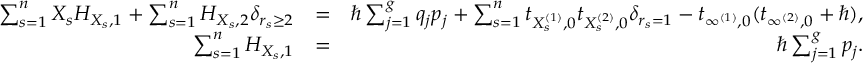
\begin{array} { r l r } { \sum _ { s = 1 } ^ { n } X _ { s } H _ { X _ { s } , 1 } + \sum _ { s = 1 } ^ { n } H _ { X _ { s } , 2 } \delta _ { r _ { s } \geq 2 } } & { = } & { \hbar \sum _ { j = 1 } ^ { g } q _ { j } p _ { j } + \sum _ { s = 1 } ^ { n } t _ { X _ { s } ^ { ( 1 ) } , 0 } t _ { X _ { s } ^ { ( 2 ) } , 0 } \delta _ { r _ { s } = 1 } - t _ { \infty ^ { ( 1 ) } , 0 } ( t _ { \infty ^ { ( 2 ) } , 0 } + \hbar ) , } \\ { \sum _ { s = 1 } ^ { n } H _ { X _ { s } , 1 } } & { = } & { \hbar \sum _ { j = 1 } ^ { g } p _ { j } . } \end{array}